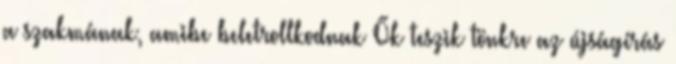
a szakmának, amibe beletrollkodnak Ők teszik tönkre az újságírás